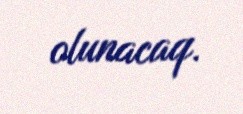
olunacaq.